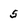
Character: 5